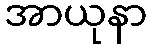
အာယုနာ